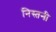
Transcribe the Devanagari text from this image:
निस्तनी